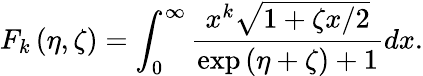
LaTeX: {F_{k}}\left({\eta,\zeta}\right)=\int_{0}^{\infty}{\frac{{{x^{k}}\sqrt{1+\zeta x/2}}}{{\exp\left({\eta+\zeta}\right)+1}}}dx.